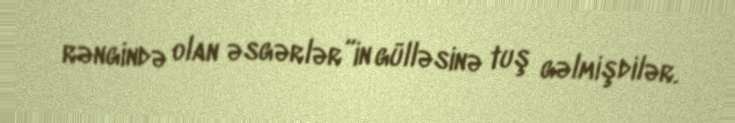
rəngində olan əsgərlər”in gülləsinə tuş gəlmişdilər.